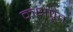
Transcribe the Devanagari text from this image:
कक्षपूत